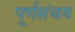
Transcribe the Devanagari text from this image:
पूर्णसंचय